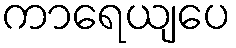
ကာရေယျပေ